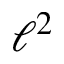
\ell ^ { 2 }